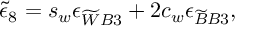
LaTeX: \widetilde { \epsilon } _ { 8 } = s _ { w } \epsilon _ { \widetilde { W } B 3 } + 2 c _ { w } \epsilon _ { \widetilde { B } B 3 } ,